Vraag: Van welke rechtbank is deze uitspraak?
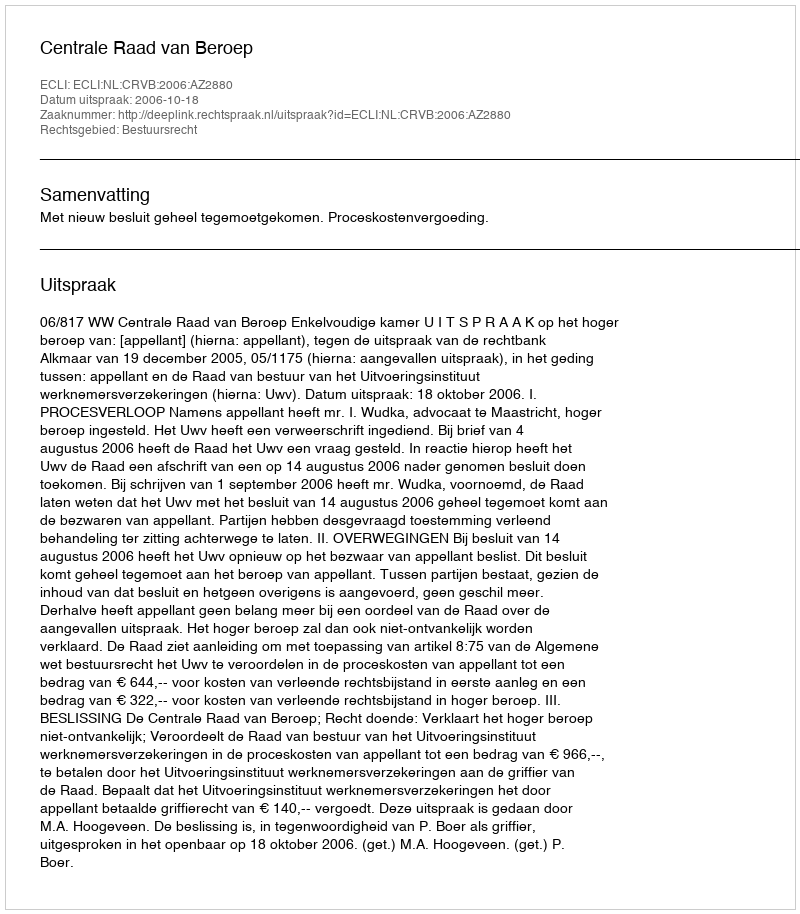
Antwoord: Centrale Raad van Beroep